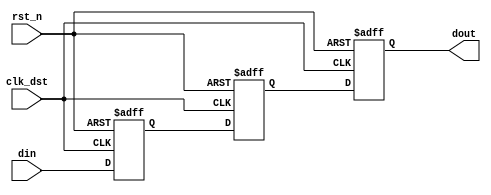
module signal_level_crossing_synchronizer #(
    parameter WIDTH = 1  // Width of the input signal
)(
    input  wire clk_dst,         // Destination clock
    input  wire rst_n,           // Active low reset
    input  wire [WIDTH-1:0] din, // Input signal from source clock domain
    output reg  [WIDTH-1:0] dout // Synchronized output signal
);

    // Internal registers for the dual flip-flop synchronizer
    reg [WIDTH-1:0] sync_ff1; // First flip-flop
    reg [WIDTH-1:0] sync_ff2; // Second flip-flop

    // Synchronization logic
    always @(posedge clk_dst or negedge rst_n) begin
        if (!rst_n) begin
            sync_ff1 <= {WIDTH{1'b0}};
            sync_ff2 <= {WIDTH{1'b0}};
            dout <= {WIDTH{1'b0}};
        end else begin
            sync_ff1 <= din;       // Sample input signal from source clock domain
            sync_ff2 <= sync_ff1;  // Pass the sampled signal to the second flip-flop
            dout <= sync_ff2;      // Output the synchronized signal
        end
    end

endmodule